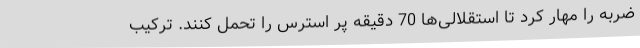
ضربه را مهار کرد تا استقلالی‌ها 70 دقیقه پر استرس را تحمل کنند. ترکیب